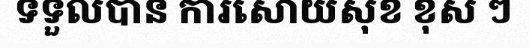
ទទួលបាន ការសោយសុខ ខុស ៗ